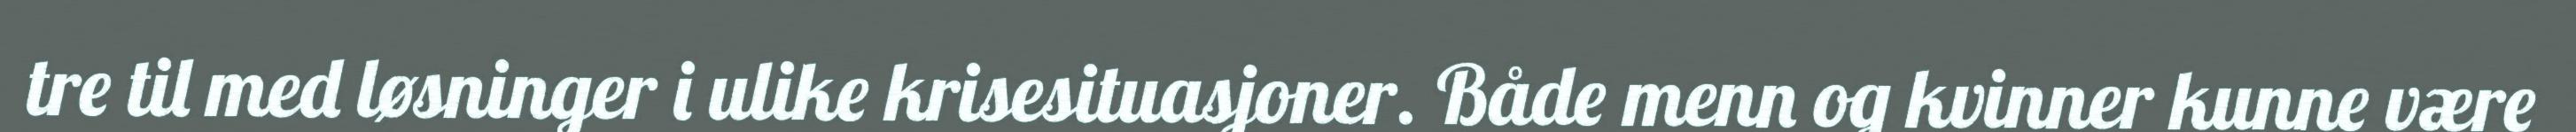
tre til med løsninger i ulike krisesituasjoner. Både menn og kvinner kunne være